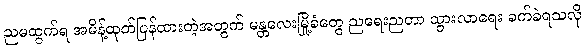
ညမထွက်ရ အမိန့်ထုတ်ပြန်ထားတဲ့အတွက် မန္တလေးမြို့ခံတွေ ညရေးညတာ သွားလာရေး ခက်ခဲရသလို